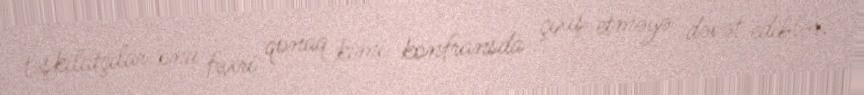
təşkilatçılar onu fəxri qonaq kimi konfransda çıxış etməyə dəvət ediblər.